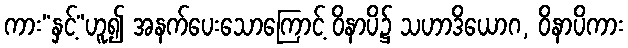
ကား“နှင့်”ဟူ၍ အနက်ပေးသောကြောင့် ဝိနာပိ၌ သဟာဒိယောဂ, ဝိနာပိကား